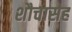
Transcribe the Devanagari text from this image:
शौचासह